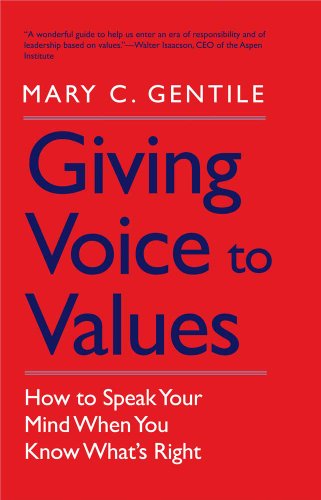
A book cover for Giving Voice to Values: How to Speak Your Mind When You Know What's Right; Mary C. Gentile; Business & Money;